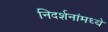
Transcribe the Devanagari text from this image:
निदर्शनांमध्ये